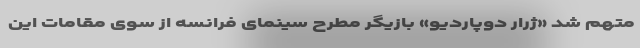
متهم شد «ژرار دوپاردیو» بازیگر مطرح سینمای فرانسه از سوی مقامات این